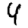
Digit: 4